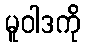
မူဝါဒကို